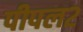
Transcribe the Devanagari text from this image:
पीपल२